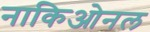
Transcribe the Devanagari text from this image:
नाकिओनल